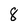
Character: 8